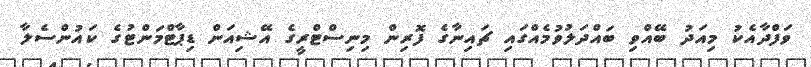
ވަފްދާއެކު މިއަދު ބޭއްވި ބައްދަލުވުމެއްގައި ޗައިނާގެ ފޮރިން މިނިސްޓްރީގެ އޭޝިއަން ޑިޕާޓްމަންޓުގެ ކައުންސެލާ